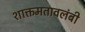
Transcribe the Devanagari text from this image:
शाक्तमतावलंबी